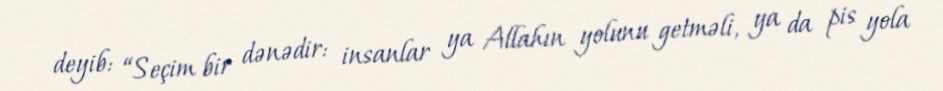
deyib: “Seçim bir dənədir: insanlar ya Allahın yolunu getməli, ya da pis yola